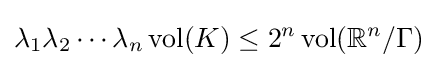
\lambda _{1}\lambda _{2}\cdots \lambda _{n}\operatorname {vol} (K)\leq 2^{n}\operatorname {vol} (\mathbb {R} ^{n}/\Gamma )